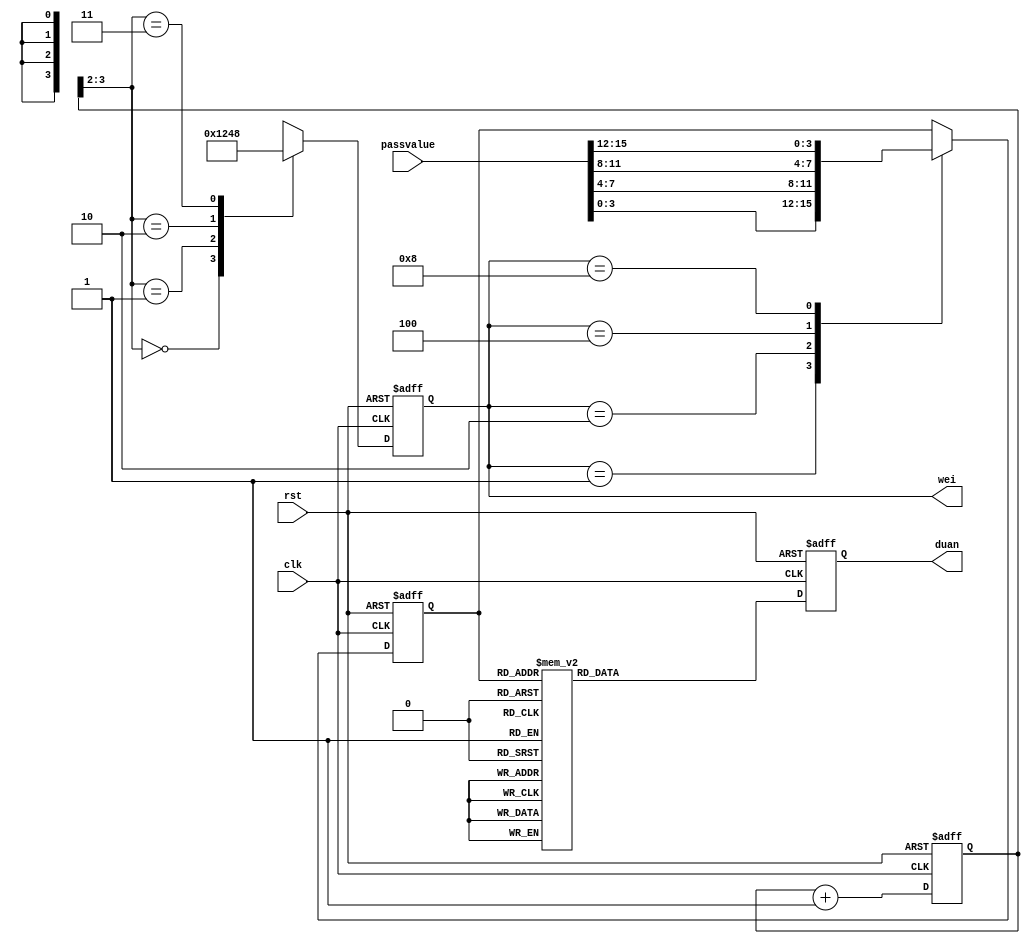
`timescale 1ns / 1ps
//////////////////////////////////////////////////////////////////////////////////
// Company: 
// Engineer: 
// 
// Design Name: 
// Module Name: shumaguan
// Project Name: 
// Target Devices: 
// Tool Versions: 
// Description: 
// 
// Dependencies: 
// 
// Revision:
// Revision 0.01 - File Created
// Additional Comments:
// 
//////////////////////////////////////////////////////////////////////////////////


module shumaguan(
    input clk,
    input rst,
    input [15:0] passvalue,
	output reg 	[3:0]	wei,
    output reg    [6:0]    duan
  //  output reg  [3:0]  value
    );
    reg [3:0] Dn;
    reg [19:0] cnt;
    always @(posedge clk or negedge rst)
        begin
            if(!rst)
                cnt <= 0;
            else
                cnt <= cnt + 1;
        end
    always @(posedge clk or negedge rst)
            begin
                if(!rst)
                    wei <= 4'b1111;
                else
                    case(cnt[3:2])
                    //case(cnt[19:18])
                        2'b00 : wei      <= 4'b0001;
                        2'b01 : wei      <= 4'b0010;
                        2'b10 : wei      <= 4'b0100;
                        2'b11 : wei      <= 4'b1000;
                     default:  wei      <=  4'b0000;
                     endcase
            end    
            
        always @(posedge clk or negedge rst)
            begin
                if(!rst)
                    Dn <= 0;
                else
                    case(wei)
                        4'b0001:   Dn <= passvalue[3:0]; 
                        4'b0010:   Dn <= passvalue[7:4];
                        4'b0100:   Dn <= passvalue[11:8];
                        4'b1000:   Dn <= passvalue[15:12];
                        default:;
                     endcase
            end
        always @(posedge clk or negedge rst)
            begin
                if(!rst)
                    duan <= 7'b0000001;
                else
                    begin
                    case(Dn)
                            4'b0000:  duan =    7'b1111_110;  
                            4'b0001:  duan =    7'b0110_000;   
                            4'b0010:  duan =    7'b1101_101;    
                            4'b0011:  duan =    7'b1111_001;    
                            4'b0100:  duan =    7'b0110_011;  
                            4'b0101:  duan =    7'b1011_011;  
                            4'b0110:  duan =    7'b1011_111;    
                            4'b0111:  duan =    7'b1110_000;   
                            4'b1000:  duan =    7'b1111_111;  
                            4'b1001:  duan =    7'b1111_011;   
                            4'b1010:  duan =    7'b1110_111;
                            4'b1011:  duan =    7'b0011_111;           
                            4'b1100:  duan =    7'b1001_110;       
                            4'b1101:  duan =    7'b0111_101;           
                            4'b1110:  duan =    7'b1001_111;           
                            4'b1111:  duan =    7'b1000_111; 
                           default:    duan =    7'b0000_001;       
                       endcase    
                     end          
            end

endmodule